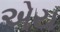
એય